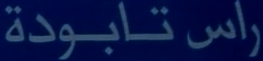
راس تابودة